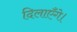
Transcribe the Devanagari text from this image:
दिलाएँगे।